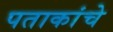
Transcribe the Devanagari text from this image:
पताकांचे